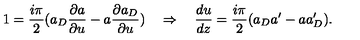
1 = \frac { i \pi } { 2 } ( a _ { D } \frac { \partial a } { \partial u } - a \frac { \partial a _ { D } } { \partial u } ) \quad \Rightarrow \quad \frac { d u } { d z } = \frac { i \pi } { 2 } ( a _ { D } a ^ { \prime } - a a _ { D } ^ { \prime } ) .